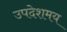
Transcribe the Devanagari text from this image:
उपदेशमय